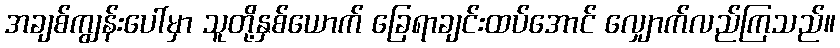
အချစ်ကျွန်းပေါ်မှာ သူတို့နှစ်ယောက် ခြေရာချင်းထပ်အောင် လျှောက်လည်ကြသည်။